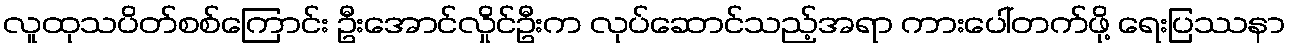
လူထုသပိတ်စစ်ကြောင်း ဦးအောင်လှိုင်ဦးက လုပ်ဆောင်သည့်အရာ ကားပေါ်တက်ဖို့ ရေးပြဿနာ